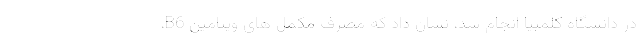
در دانشگاه کلمبیا انجام شد، نشان داد که مصرف مکمل های ویتامین B6،